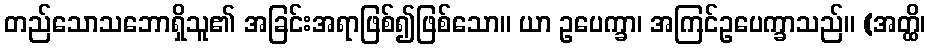
တည်သောသဘောရှိသူ၏ အခြင်းအရာဖြစ်၍ဖြစ်သော။ ယာ ဥပေက္ခာ၊ အကြင်ဥပေက္ခာသည်။ (အတ္ထိ၊